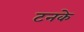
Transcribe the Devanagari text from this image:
टनके